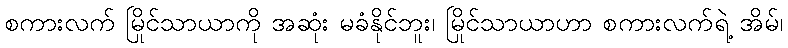
စကားလက် မြိုင်သာယာကို အဆုံး မခံနိုင်ဘူး၊ မြိုင်သာယာဟာ စကားလက်ရဲ့ အိမ်၊